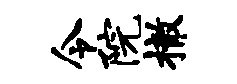
令院撤